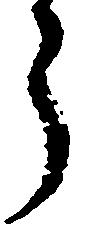
ら